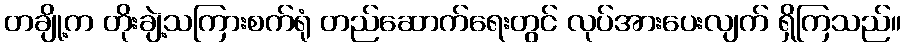
တချို့က တိုးချဲ့သကြားစက်ရုံ တည်ဆောက်ရေးတွင် လုပ်အားပေးလျက် ရှိကြသည်။